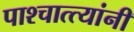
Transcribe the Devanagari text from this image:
पाश्चात्त्यांनी